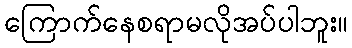
ကြောက်နေစရာမလိုအပ်ပါဘူး။